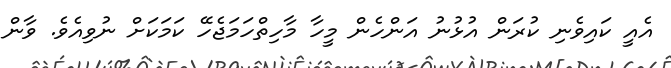
އެއީ ކައިވެނި ކުރަން އުޅުނު އަންހެން މީހާ މާހިތްހަމަޖެހޭ ކަމަކަށް ނުވިއެވެ. ވާން